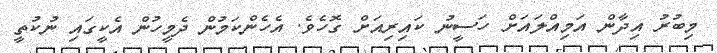
މިބުރު އިދާން އަމިއްލައަށް ހަސީނު ކައިރިއަށް ގޮހެވެ. އެހެންކަމުން ދެމީހުން އެކީގައި ނުކުތީ